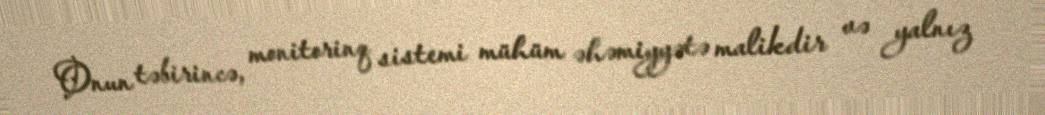
Onun təbirincə, monitorinq sistemi mühüm əhəmiyyətə malikdir və yalnız